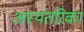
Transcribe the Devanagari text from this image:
अस्यंतरिका